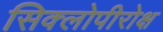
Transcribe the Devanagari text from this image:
सिक्लोपीरोक्ष